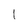
Character: 1